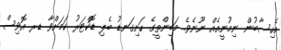
އެހިސާބުން ނިމުނީއެއް ނޫނެވެ. މަބިންތީގެ ހަށިގަނޑު ބެލި ޑޮކްޓަރު ކަމަށްވާ ޑރ އޮވިސް